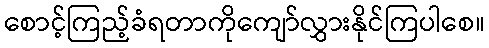
စောင့်ကြည့်ခံရတာကိုကျော်လွှားနိုင်ကြပါစေ။